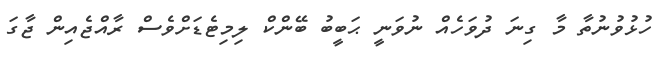
ހުޅުވުނުތާ މާ ގިނަ ދުވަހެއް ނުވަނީ ޙަބީބު ބޭންކް ލިމިޓެޑަށްވެސް ރާއްޖެއިން ޖާގަ